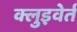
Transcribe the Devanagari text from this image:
क्लुइवेर्त